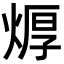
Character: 㷞